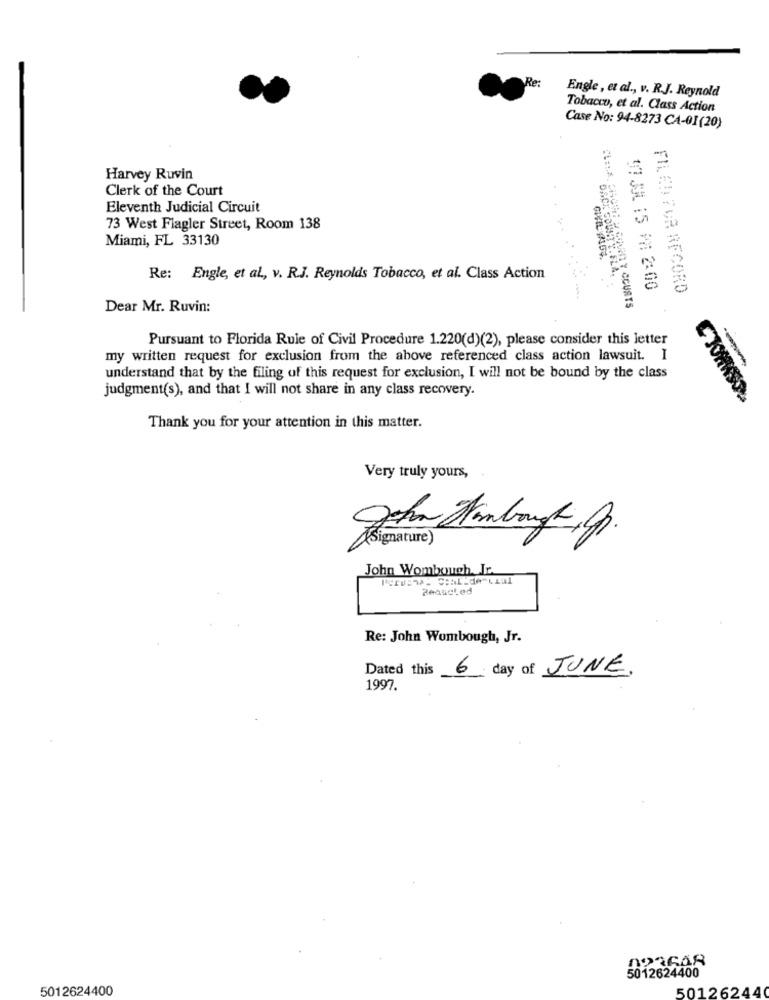
Re:
Engle , et al ., v. R.J. Reynold
Tobacco, et al. Class Action
Case No: 94-8273 CA-01(20)
Harvey Ruvin
Clerk of the Court
Eleventh Judicial Circuit
73 West Flagler Street, Room 138
Miami, FL 33130
Re: Engle, et al ., v. R.J. Reynolds Tobacco, et al. Class Action
ORON COUNT V.ELA,
17 JIL 15 PM 2:00
FILEDTUR RECORD
Dear Mr. Ruvin:
Pursuant to Florida Rule of Civil Procedure 1.220(d)(2), please consider this letter
my written request for exclusion from the above referenced class action lawsuit. I
--
understand that by the filing of this request for exclusion, I will not be bound by the class
judgment(s), and that I will not share in any class recovery.
CJOHNSOS
Thank you for your attention in this matter.
Very truly yours,
[Signature)
John Wombouch Ir.
Reaueled
Re: John Wombough, Jr.
Dated this
6 day of JUNE,
1997.
5012624400
5012624400
50126244